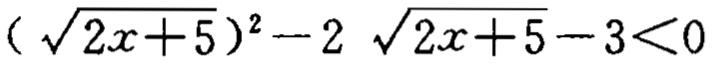
$(\sqrt{2x + 5})^2 - 2\sqrt{2x + 5} - 3 < 0$